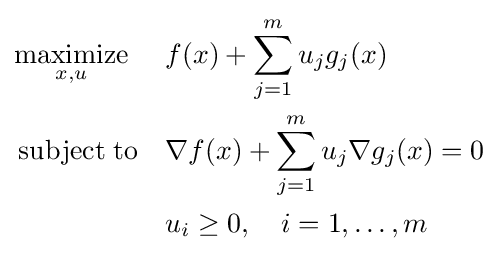
{\begin{aligned}&{\underset {x,u}{\operatorname {maximize} }}&&f(x)+\sum _{j=1}^{m}u_{j}g_{j}(x)\\&\operatorname {subject\;to} &&\nabla f(x)+\sum _{j=1}^{m}u_{j}\nabla g_{j}(x)=0\\&&&u_{i}\geq 0,\quad i=1,\dots ,m\end{aligned}}